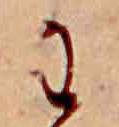
わ